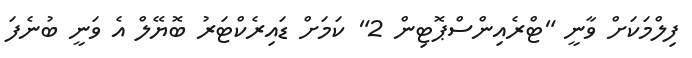
ފިލްމަކަށް ވާނީ "ޓްރެއިންސްޕޮޓިން 2" ކަމަށް ޑައިރެކްޓަރު ބޮޔޭލް އެ ވަނީ ބުނެފަ